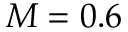
M = 0 . 6